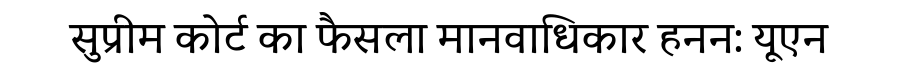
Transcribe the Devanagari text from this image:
सुप्रीम कोर्ट का फैसला मानवाधिकार हनन: यूएन